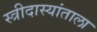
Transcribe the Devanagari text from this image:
स्त्रीदास्यांताला